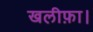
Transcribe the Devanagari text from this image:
खलीफ़ा।